Mental hospitals Bombay report 1921-28 - 1921-1928
Year: 1921
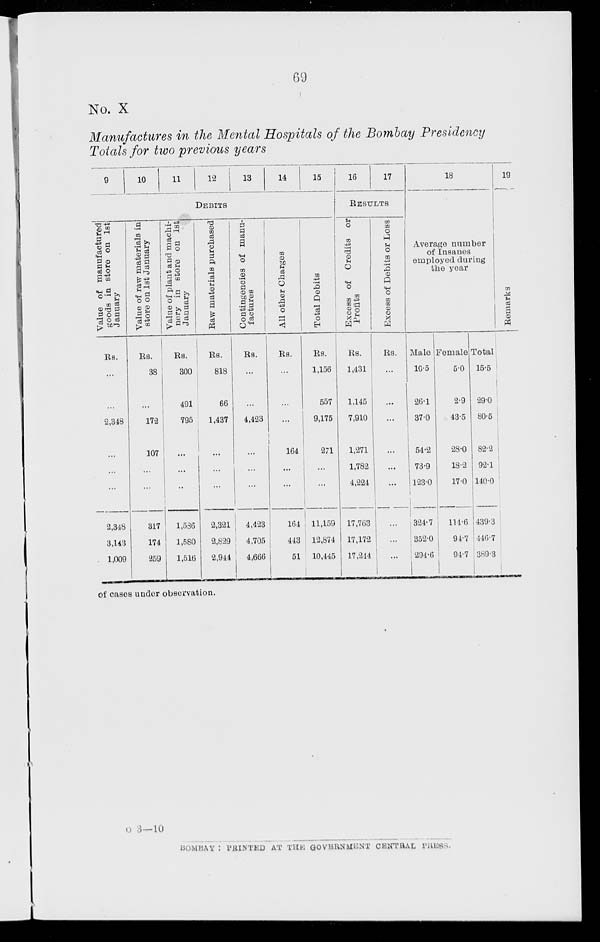
69
No. X
Manufactures in the Mental Hospitals of the Bombay Presidency
Totals for two previous years
9
10
11
12
13
14
15
DEBITS
Value of manufactured
goods in store on 1st
January
Rs.
...
...
2,348
...
...
...
2,348
3,143
1,009
Value of raw materials in
store on 1st January
Rs.
38
...
172
107
...
...
317
174
259
Value of plant and machi-
nery in store on 1st
January
Rs.
300
491
795
...
...
...
1,536
1,580
1,516
Raw materials purchased
Rs.
818
66
1,437
...
...
...
2,321
2,829
2,944
Contingencies of manu-
factures
Rs.
...
...
4,423
...
...
...
4,423
4,705
4,666
All other Charges
Rs.
...
...
...
164
...
...
164
443
51
Total Debits
Rs.
1,156
557
9,175
271
...
...
11,159
12,874
10,445
16
17
RESULTS
Excess of Credits or
Profits
Rs.
1,431
1,145
7,910
1,271
1,782
4,224
17,763
17,172
17,244
Excess of Debits or Loss
Rs.
...
...
...
...
...
...
...
...
...
18
Average number
of Insanes
employed during
the year
Male
10.5
26.1
37.0
54.2
73.9
123.0
324. 7
352.0
294.6
Female
5.0
2.9
43.5
28.0
18.2
17.0
114.6
94.7
94.7
Total
15.5
29.0
80.5
82.2
92.1
140.0
439.3
446.7
389.3
19
Remarks
of cases under observation.
O 3—10
BOMBAY : PRINTED AT THE GOVERNMENT CENTRAL
PRESS.